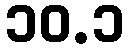
၁၀.၁